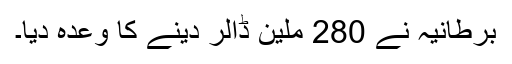
برطانیہ نے 280 ملین ڈالر دینے کا وعدہ دیا۔